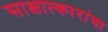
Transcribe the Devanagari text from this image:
साक्षात्कारांचा